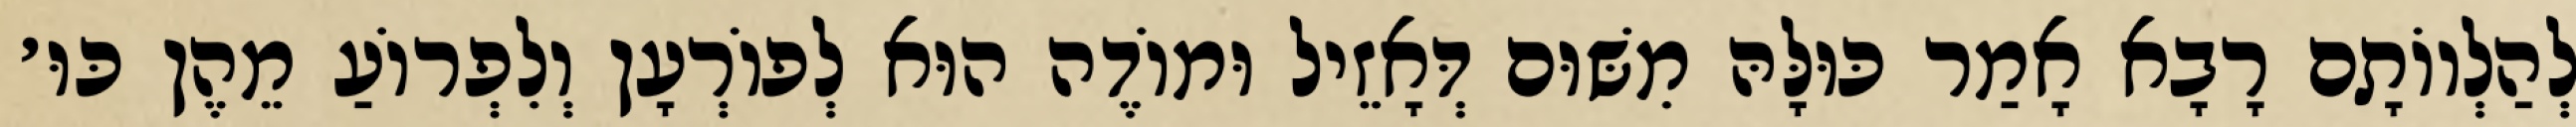
לְהַלְווֹתָם רָבָא אָמַר כּוּלָּהּ מִשּׁוּם דְּאָזֵיל וּמוֹדֶה הוּא לְפוֹרְעָן וְלִפְרוֹעַ מֵהֶן כּוּ׳